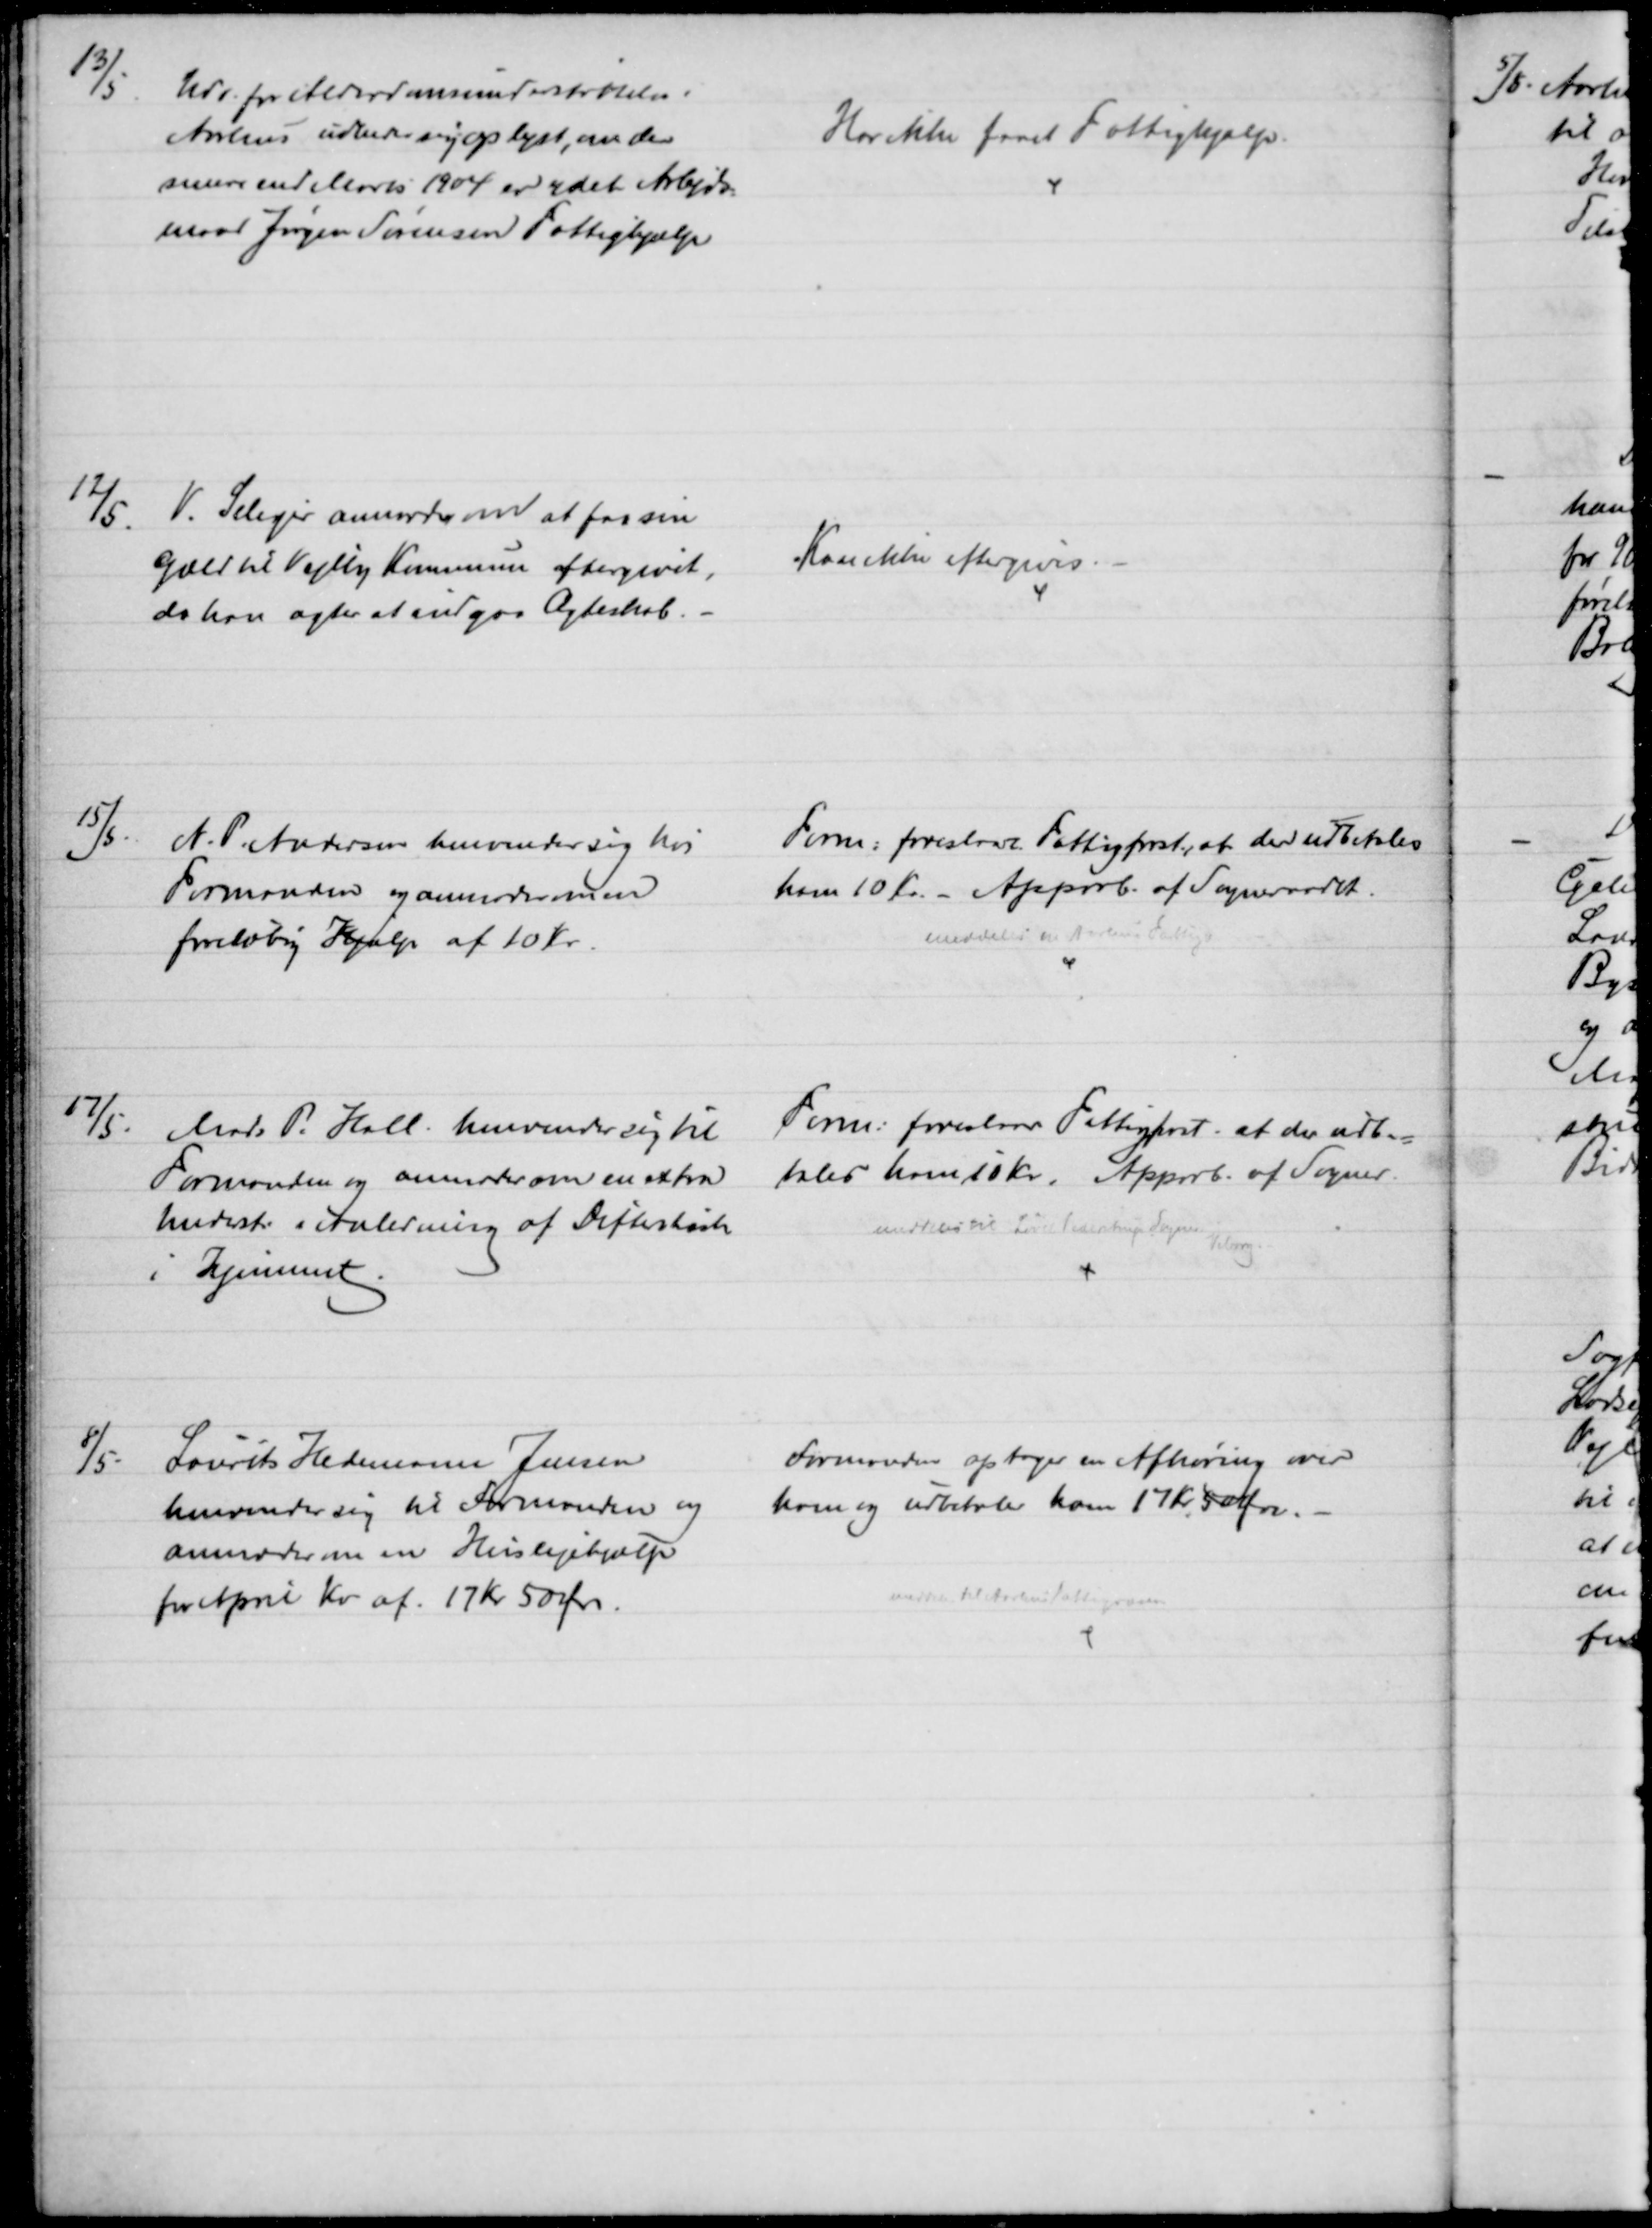
Transskription:
13/5.
Udv. for Alderdomsunderstøttelse i
Aarhus udbeder sig oplyst, om der
senere end Marts1904 er ydet Arbejds-
mand Jørgen Sørensen Fattighjælp
Har ikke faaet Fattighjælp.
12/5.
V. Seliger anmoder om at faa sin
Gæld til Vejlby Kommune eftergivet,
da han agter at indgaa Ægteskab.
Kan ikke eftergives.
15/5.
N. P. Andersen henvender sig hos
Formanden og anmoder om en
foreløbig Hjælp af 10 Kr.
Form: foreslaar Fattigforst., at der udbetales
ham 10 Kr. - Approb. af Sogneraadet.
meddeles en Aarhus Fattig
17/5.
Mads P. Hall. henvender sig til
Formanden og anmoder om en extra
Underst i Anledning af Difteritisk
i Hjemmet.
Form: foreslaar Fattigforst. at der udbe=
tales ham 10 Kr. Approb. af Sogner.
meddeles til Løved Pederstrup Sogner 
Viborg
8/5.
Laurits Hedemann Jensen
henvender sig til Formanden og 
anmoder om en Huslejehjælp
for April Kv. af 17 Kr 50 Øre.
Formanden optager en Afhøring over
ham og udbetaler ham 17 Kr. 50 Øre.
meddeles til Aarhus Fattigvæsen